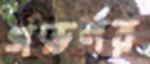
গভর্ণর